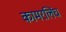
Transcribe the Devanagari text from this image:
कामरलिंघ